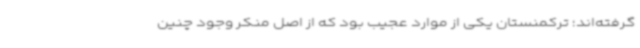
گرفته‌اند؛ ترکمنستان یکی از موارد عجیب بود که از اصل منکر وجود چنین